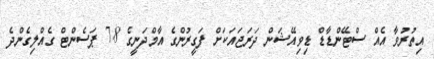
އިތުރުވާ އެއް ސްޓޭންޑާޑް ޑިވިއޭޝަން ދަރަޖައަކަށް ފަގީރުންގެ އާމްދަނީގެ 7.8 ޕަސެންޓް ގެއްލިގެންދެ